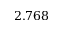
2 . 7 6 8